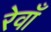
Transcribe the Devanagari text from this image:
रेवाँ